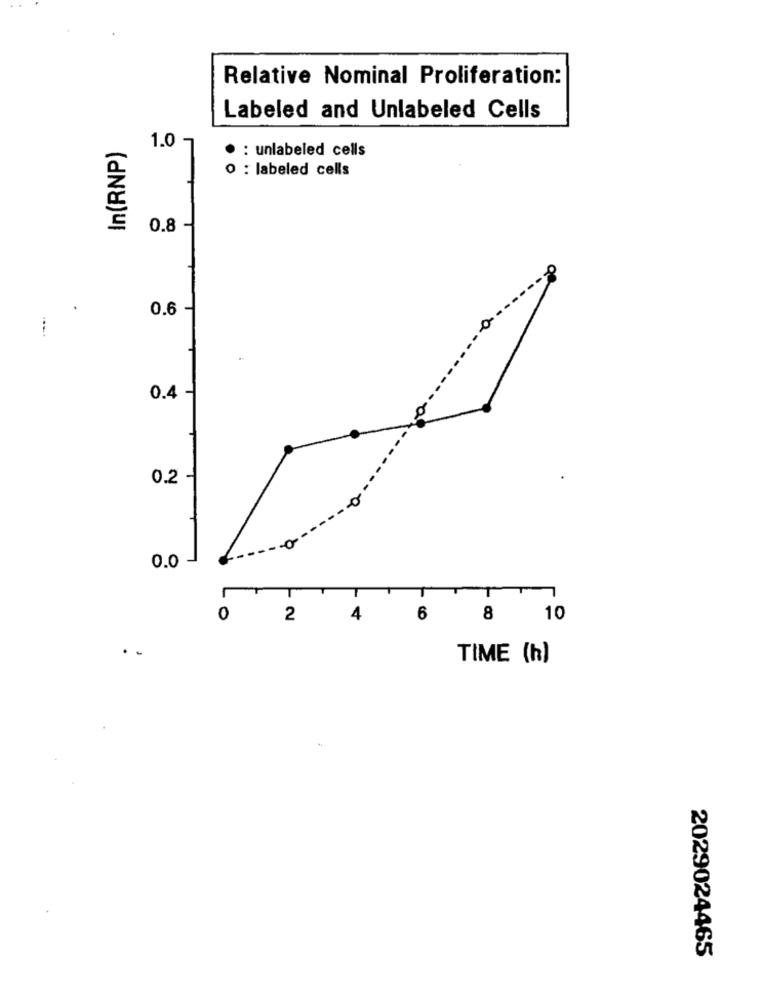
Relative Nominal Proliferation:
Labeled and Unlabeled Cells
In (RNP )
1.0 -
· : unlabeled cells
O : labeled cells
Z
0.8 -
.
0.6
0.4
0.2
0.0
T
0
2
4
1 6
8
10
..
TIME (h)
2029024465